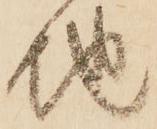
地